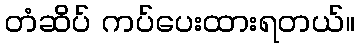
တံဆိပ် ကပ်ပေးထားရတယ်။